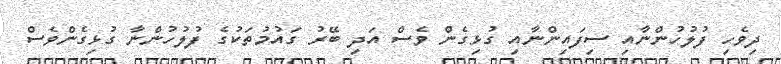
ދިވެހި ފުލުހުންނާއި ސިފައިންނާއި ގުޅިގެން ވެސް އަދި ބޭރު ގައުމުތަކުގެ ފުލުހުންނާ ގުޅިގެންވެސް